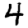
Digit: 4